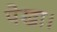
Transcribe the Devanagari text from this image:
पेखा।